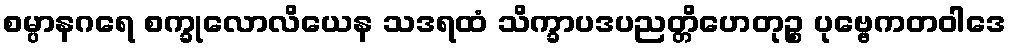
စမ္ပာနဂရေ စက္ခုလောလိယေန သဒရထံ သိက္ခာပဒပညတ္တိဟေတုဉ္စ ပုဗ္ဗေကတဝါဒေ